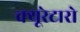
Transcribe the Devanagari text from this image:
क्यूरेटारो